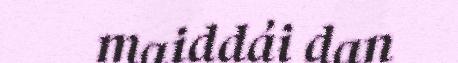
maiddái dan